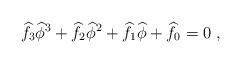
LaTeX: \begin{align*}\widehat{f}_3\widehat{\phi}^3 +\widehat{f}_2\widehat{\phi}^2+\widehat{f}_1\widehat{\phi}+\widehat{f}_0 = 0 \ ,\end{align*}